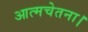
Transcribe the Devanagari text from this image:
आत्मचेतना।